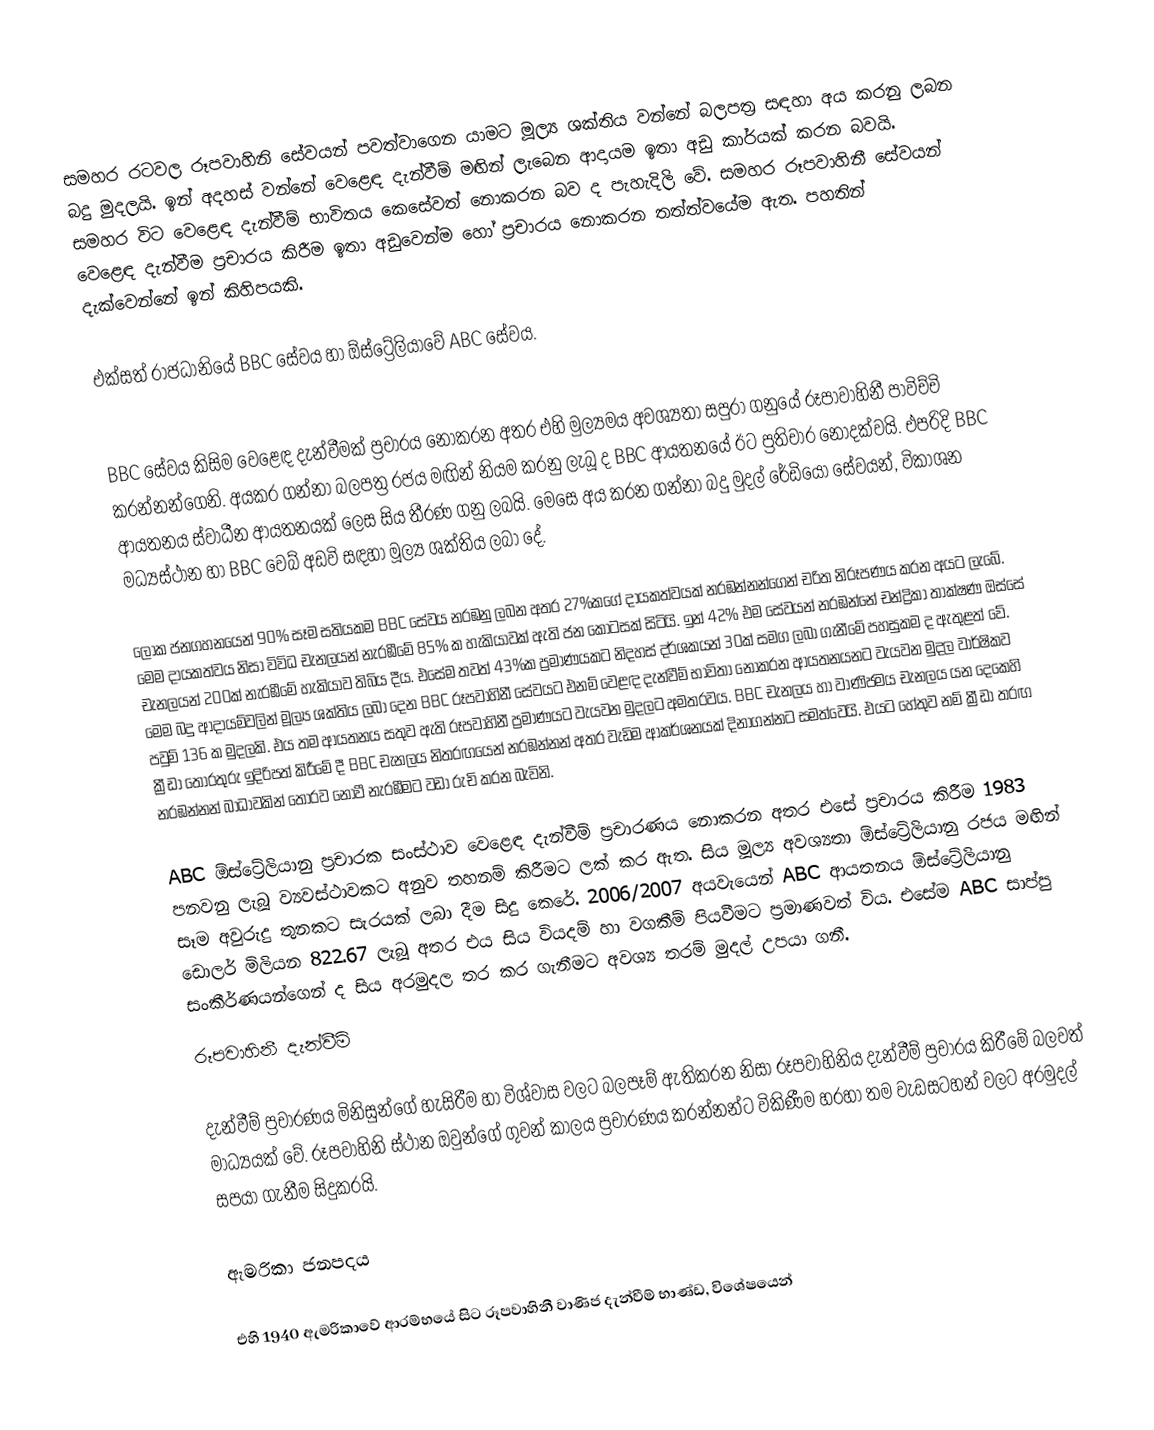
සමහර රටවල රූපවාහිනි සේවයන් පවත්වාගෙන යාමට මූල්‍ය ශක්තිය වන්නේ බලපත්‍ර සඳහා අය කරනු ලබන බදු මුදලයි. ඉන් අදහස් වන්නේ වෙළෙඳ දැන්වීම් මඟින් ලැබෙන ආදායම ඉතා අඩු කාර්යක් කරන බවයි. සමහර විට වෙළෙඳ දැන්වීම් භාවිතය කෙසේවත් නොකරන බව ද පැහැදිලි වේ. සමහර රූපවාහිනී සේවයන් වෙළෙඳ දැන්වීම ප්‍රචාරය කිරීම ඉතා අඩුවෙන්ම හෝ ප්‍රචාරය නොකරන තත්ත්වයේම ඇත. පහතින් දැක්වෙන්නේ ඉන් කිහිපයකි.

එක්සත් රාජධානියේ BBC සේවය හා ඕස්ට්‍රේලියාවේ ABC සේවය.

BBC සේවය කිසිම වෙළෙඳ දැන්වීමක් ප්‍රචාරය නොකරන අතර එහි මුල්‍යමය අවශ්‍යතා සපුරා ගනුයේ රූපාවාහිනී පාවිච්චි කරන්නන්ගෙනි. අයකර ගන්නා බලපත්‍ර රජය මඟින් නියම කරනු ලැබූ ද BBC ආයතනයේ ඊට ප්‍රතිචාර නොදක්වයි. එපරිදි BBC ආයතනය ස්වාධීන ආයතනයක් ලෙස සිය තීරණ ගනු ලබයි. මෙසෙ අය කරන ගන්නා බදු මුදල් රේඩියෝ සේවයන්, විකාශන මධ්‍යස්ථාන හා BBC වෙබ් අඩවි සඳහා මූල්‍ය ශක්තිය ලබා දේ.

ලෝක ජනගහනයෙන් 90% සෑම සතියකම BBC සේවය නරඹනු ලබන අතර 27%කගේ දායකත්වයක් නරඹන්නන්ගෙන් චරිත නිරූපණය කරන අයට ලැබේ. මෙම දායකත්වය නිසා විවිධ චැනලයන් නැරඹීමේ 85% ක හැකියාවක් ඇති ජන කොටසක් සිටියි. ඉන් 42% එම සේවයන් නරඹන්නේ චන්ද්‍රිකා තාක්ෂණ ඔස්සේ චැනලයන් 200ක් නැරඹීමේ හැකියාව තිබිය දීය. එසේම තවත් 43%ක ප්‍රමාණයකට නිදහස් දර්ශකයන් 30ක් සමග ලබා ගැනීමේ පහසුකම ද ඇතුළත් වේ. මෙම බදු ආදායම්වලින් මූල්‍ය ශක්තිය ලබා දෙන BBC රූපවාහිනී සේවයට එනම් වෙළඳ දැන්වීම් භාවිතා නොකරන ආයතනයනට වැයවන මුදල වාර්ෂිකව පවුම් 136 ක මුදලකි. එය තම ආයතනය සතුව ඇති රූපවාහිනී ප්‍රමාණයට වැයවන මුදලට අමතරවය. BBC චැනලය හා වාණිජමය චැනලය යන දෙකෙහි ක්‍රීඩා තොරතුරු ඉදිරිපත් කිරීමේ දී BBC චැනලය නිතරඟයෙන් නරඹන්නන් අතර  වැඩිම ආකර්ශනයක් දිනාගන්නට සමත්වෙයි. එයට හේතුව නම් ක්‍රීඩා තරඟ නරඹන්නන් බාධාවකින් තොරව නොවී නැරඹීමට වඩා රුචි කරන බැවිනි.

ABC ඕස්ට්‍රේලියානු ප්‍රචාරක සංස්ථාව වෙළෙඳ දැන්වීම් ප්‍රචාරණය නොකරන අතර එසේ ප්‍රචාරය කිරීම 1983 පනවනු ලැබූ ව්‍යවස්ථාවකට අනුව තහනම් කිරීමට ලක් කර ඇත. සිය මූල්‍ය අවශ්‍යතා ඕස්ට්‍රේලියානු රජය මඟින් සෑම අවුරුදු තුනකට සැරයක් ලබා දීම සිදු කෙරේ. 2006/2007 අයවැයෙන් ABC ආයතනය ඕස්ට්‍රේලියානු ඩොලර් මිලියන 822.67 ලැබූ අතර එය සිය වියදම් හා වගකීම් පියවීමට ප්‍රමාණවත් විය. එසේම ABC සාප්පු සංකීර්ණයන්ගෙන් ද සිය අරමුදල තර කර ගැනීමට අවශ්‍ය තරම් මුදල් උපයා ගනී.
රූපවාහිනී දැන්වීම්

දැන්වීම් ප්‍රචාරණය මිනිසුන්ගේ හැසිරීම හා විශ්වාස වලට බලපෑම් ඇතිකරන නිසා රූපවාහිනිය දැන්වීම් ප්‍රචාරය කිරීමේ බලවත් මාධ්‍යයක් වේ. රූපවාහිනි ස්ථාන ඔවුන්ගේ ගුවන් කාලය ප්‍රචාරණය කරන්නන්ට විකිණීම හරහා තම වැඩසටහන් වලට අරමුදල් සපයා ගැනීම සිදුකරයි.

ඇමරිකා ජනපදය

එහි 1940 ඇමරිකාවේ ආරම්භයේ සිට රූපවාහිනී වාණිජ දැන්වීම් භාණ්ඩ, විශේෂයෙන්